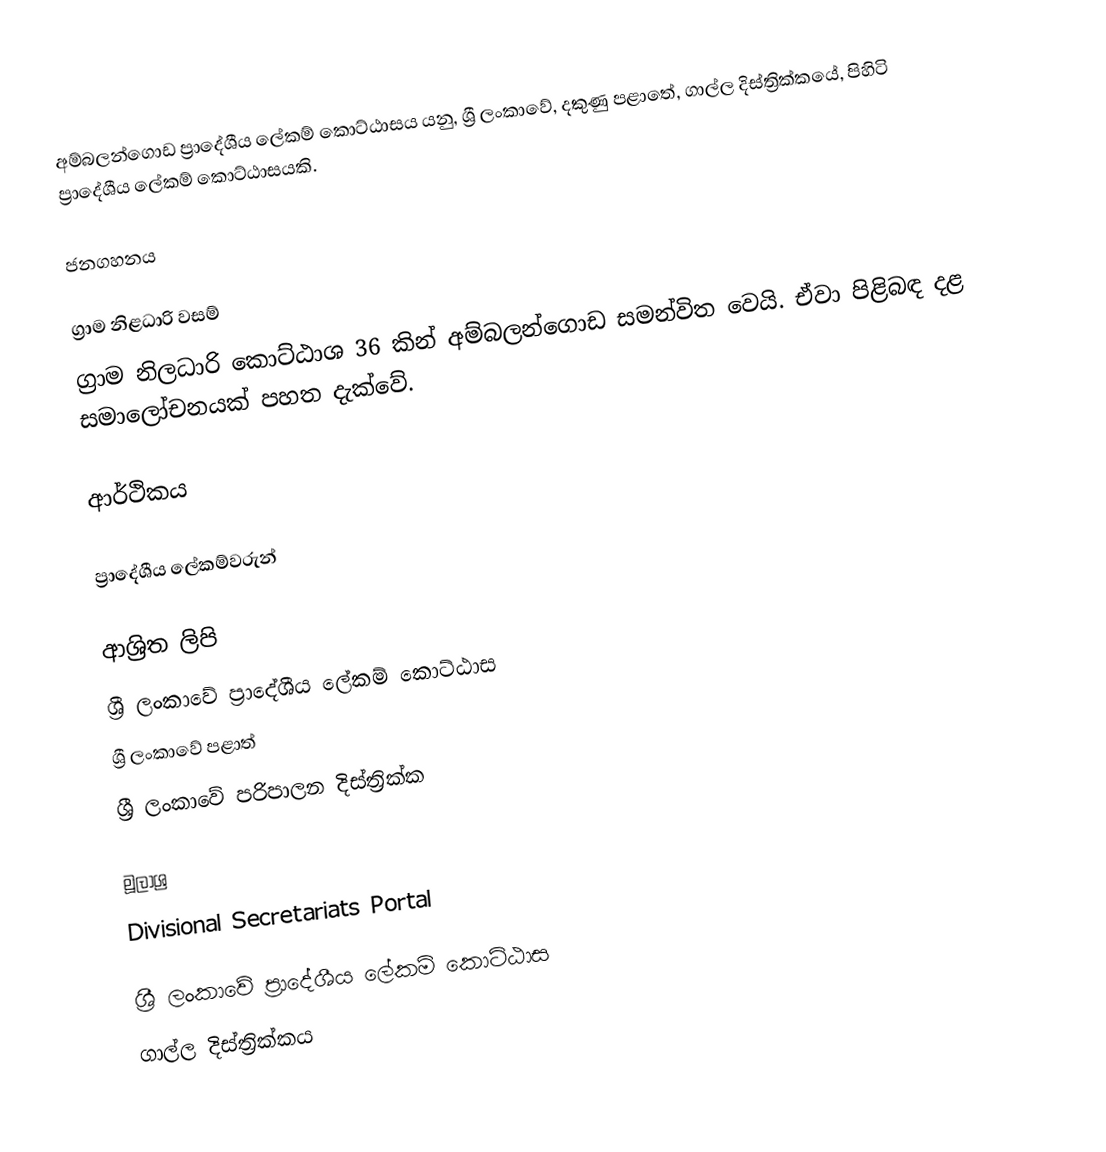
අම්බලන්ගොඩ ප්‍රාදේශීය ලේකම් කොට්ඨාසය යනු,  ශ්‍රී ලංකාවේ, දකුණු පළාතේ,   ගාල්ල දිස්ත්‍රික්කයේ, පිහිටි ප්‍රාදේශීය ලේකම් කොට්ඨාසයකි.

ජනගහනය

ග්‍රාම නිළධාරි වසම්
ග්‍රාම නිලධාරි ‍කොට්ඨාශ 36 කින් අම්බලන්ගොඩ සමන්විත වෙයි. ඒවා පිළිබඳ දළ සමාලෝචනයක් පහත දැක්වේ.

ආර්ථිකය

ප්‍රාදේශීය ලේකම්වරුන්

ආශ්‍රිත ලිපි
ශ්‍රී ලංකාවේ ප්‍රාදේශීය ලේකම් කොට්ඨාස
ශ්‍රී ලංකාවේ පළාත්
ශ්‍රී ලංකාවේ පරිපාලන දිස්ත්‍රික්ක

මූලාශ්‍ර
 Divisional Secretariats Portal

ශ්‍රී ලංකාවේ ප්‍රාදේශීය ලේකම් කොට්ඨාස
ගාල්ල දිස්ත්‍රික්කය